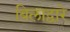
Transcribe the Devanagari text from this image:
बिलाद्वारे